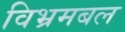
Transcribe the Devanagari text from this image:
विभ्रमबल